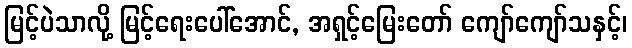
မြင့်ပဲသာလို့ မြင့်ရေးပေါ်အောင်, အရှင့်မြေးတော် ကျော်ကျော်သနှင့်၊